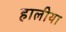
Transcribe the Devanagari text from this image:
हालीया